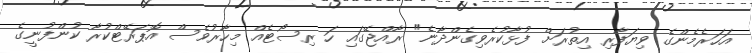
އަހަރެމެންގެ ވިޔަފާރި އިތުރަށް ފުޅާކުރެވިގެންދާނެ" ރާއްޖޭގައި ހަ ރިސޯޓެއް މިހާރުވެސް އޮޕަރޭޓްކުރާ ކުންފުނީގެ